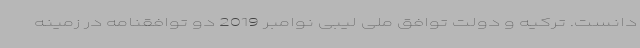
دانست. ترکیه و دولت توافق ملی لیبی نوامبر 2019 دو توافقنامه در زمینه